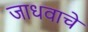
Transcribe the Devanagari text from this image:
जाधवाचे